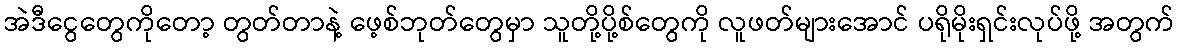
အဲဒီငွေတွေကိုတော့ တွတ်တာနဲ့ ဖေ့စ်ဘုတ်တွေမှာ သူတို့ပို့စ်တွေကို လူဖတ်များအောင် ပရိုမိုးရှင်းလုပ်ဖို့ အတွက်